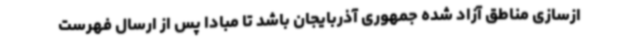
ازسازی مناطق آزاد شده جمهوری آذربایجان باشد تا مبادا پس از ارسال فهرست